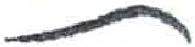
אות: ת